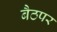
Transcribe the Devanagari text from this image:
बैठपर